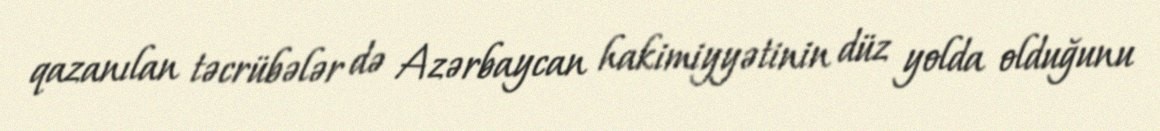
qazanılan təcrübələr də Azərbaycan hakimiyyətinin düz yolda olduğunu